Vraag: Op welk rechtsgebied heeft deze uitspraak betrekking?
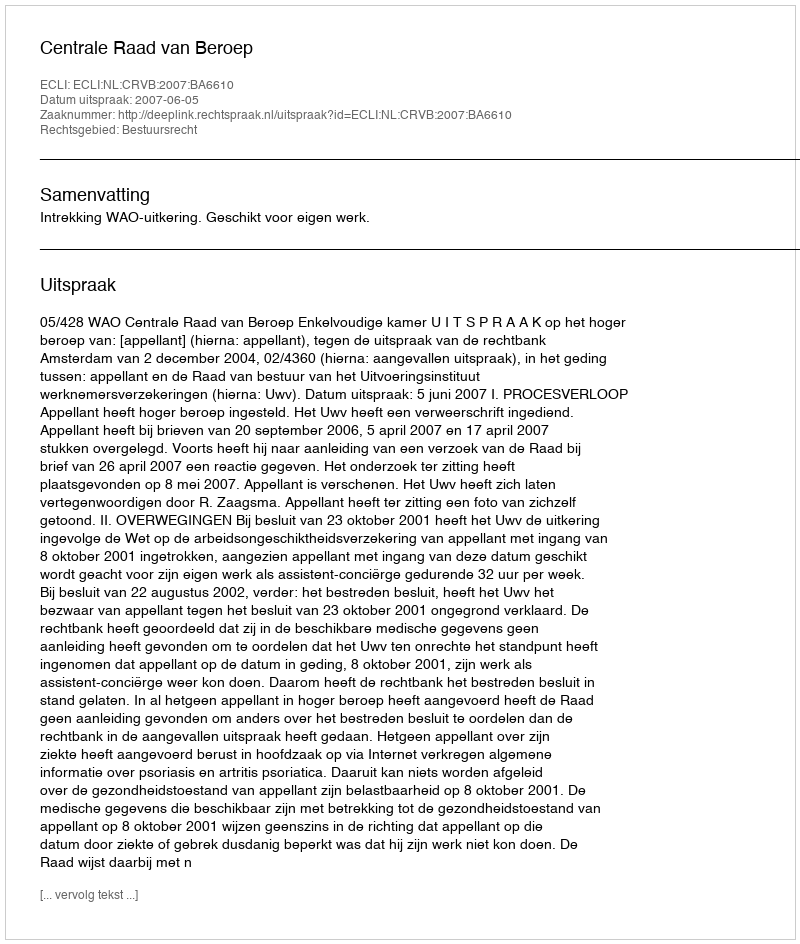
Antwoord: Bestuursrecht